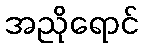
အညိုရောင်